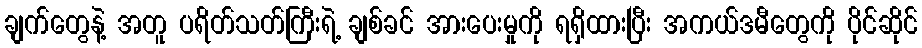
ချက်တွေနဲ့ အတူ ပရိတ်သတ်ကြီးရဲ့ ချစ်ခင် အားပေးမှုကို ရရှိထားပြီး အကယ်ဒမီတွေကို ပိုင်ဆိုင်